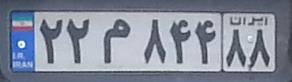
۲۲م۸۴۴۸۸